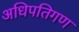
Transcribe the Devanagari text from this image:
अधिपतिगण